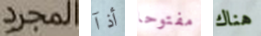
المجرد أذآ مفتوحا هناك